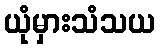
ယုံမှားသံသယ